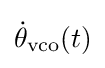
{\dot {\theta }}_{\rm {vco}}(t)